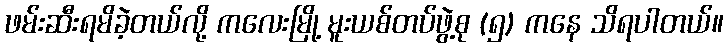
ဖမ်းဆီးရမိခဲ့တယ်လို့ ကလေးမြို့ မူးယစ်တပ်ဖွဲ့စု (၅) ကနေ သိရပါတယ်။